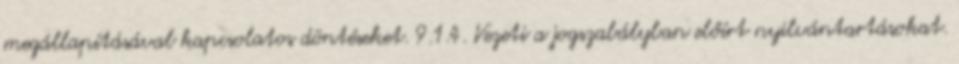
megállapításával kapcsolatos döntéseket. 9.1.4. Vezeti a jogszabályban előírt nyilvántartásokat.